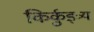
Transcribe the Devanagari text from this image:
किर्कुइत्र्य